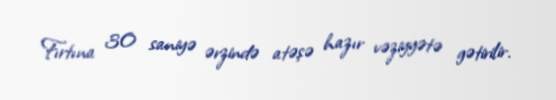
Fırtına 30 saniyə ərzində atəşə hazır vəziyyətə gətirilir.